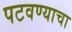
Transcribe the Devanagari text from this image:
पटवण्याचा